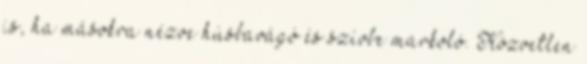
is, ha másokra nézve húsbavágó és szívbe markoló. Közvetlen